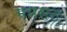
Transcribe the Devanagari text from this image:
मयसन